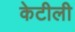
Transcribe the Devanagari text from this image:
केटीली